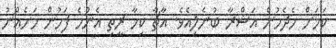
ކަމަށް ހެދެމުން އަޝްރާ ބުނެލިއެވެ. އާޗާ ކިހާ ރީތި އެންމެ ފަހުން މަށެއްނު